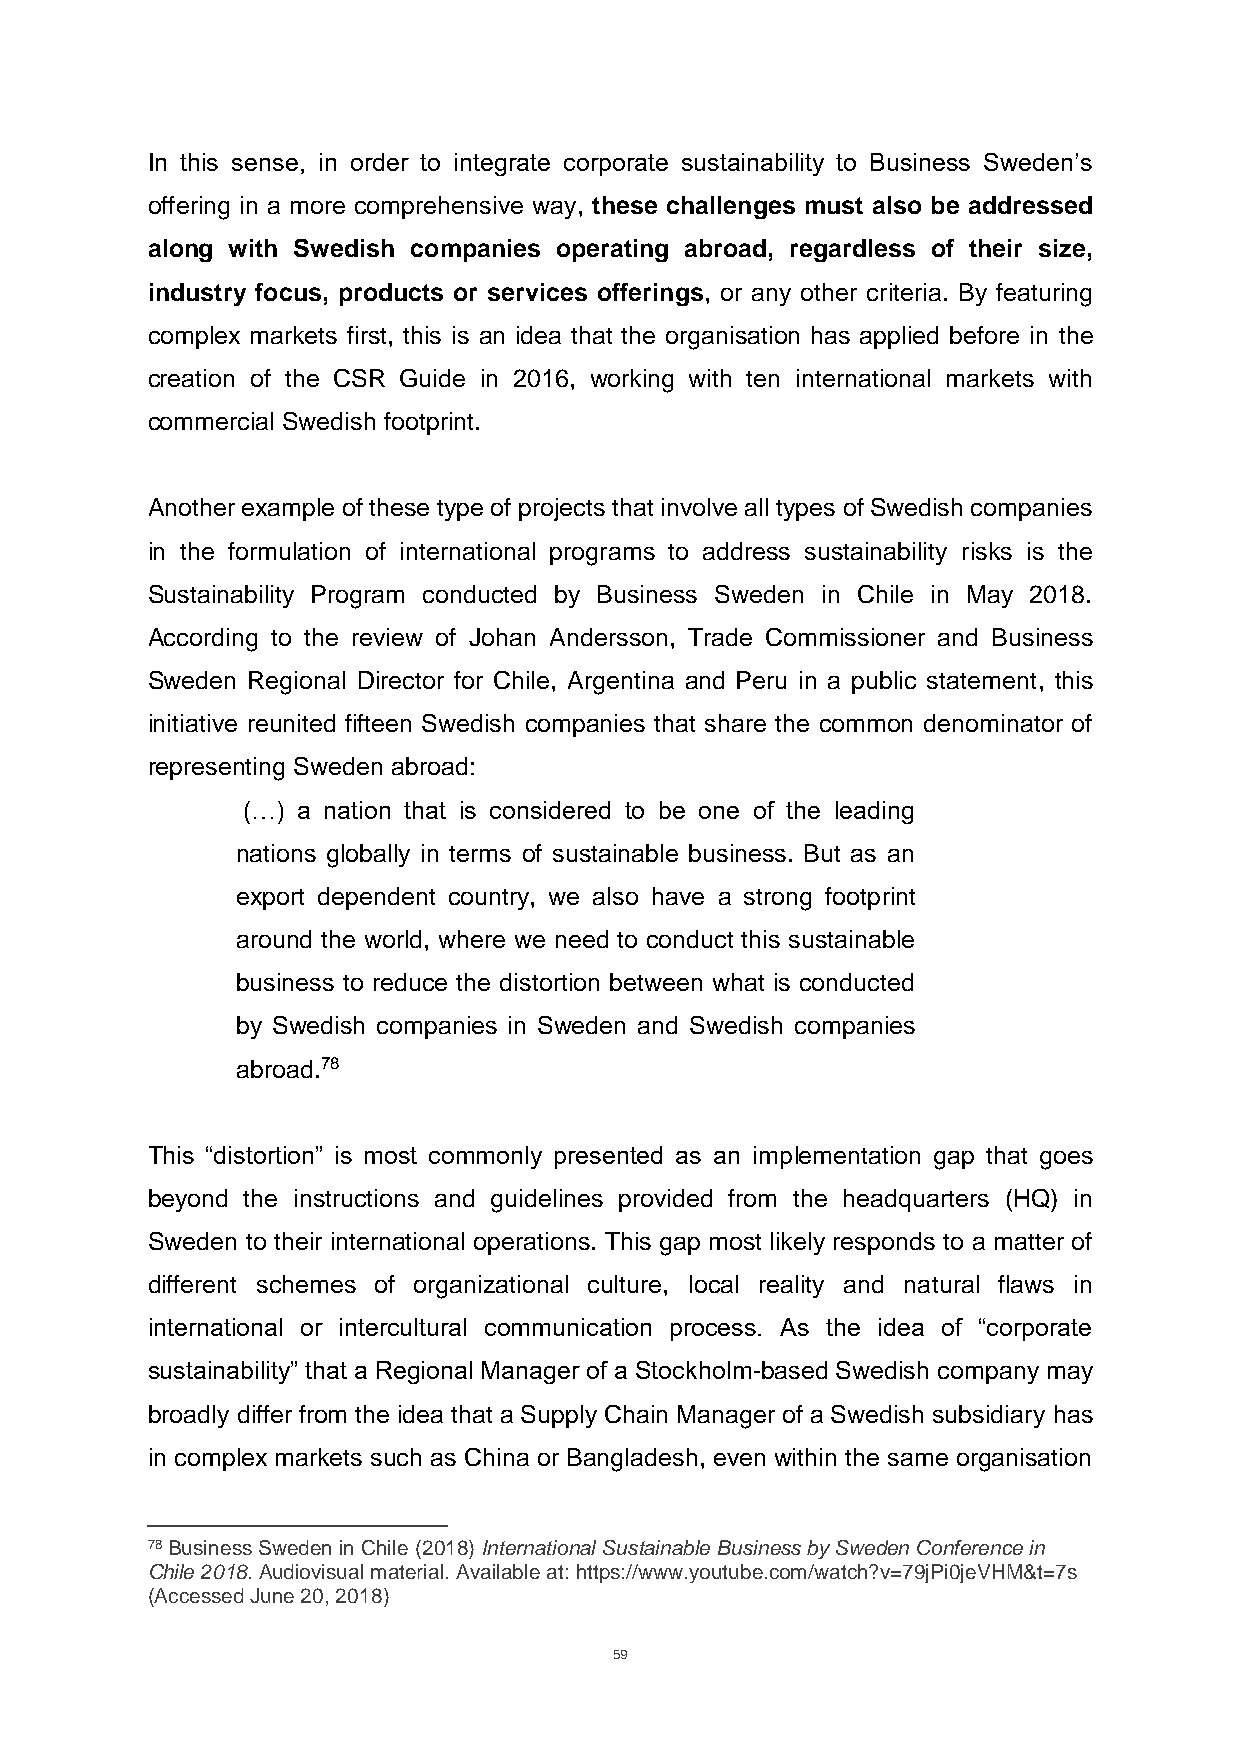
In this sense, in order to integrate corporate sustainability to Business Sweden’s
 offering in a more comprehensive way, these challenges must also be addressed
 along with Swedish companies operating abroad, regardless of their size,
 industry focus, products or services offerings, or any other criteria. By featuring
 complex markets first, this is an idea that the organisation has applied before in the
 creation of the CSR Guide in 2016, working with ten international markets with
 commercial Swedish footprint.
 Another example of these type of projects that involve all types of Swedish companies
 in the formulation of international programs to address sustainability risks is the
 Sustainability Program conducted by Business Sweden in Chile in May 2018.
 According to the review of Johan Andersson, Trade Commissioner and Business
 Sweden Regional Director for Chile, Argentina and Peru in a public statement, this
 initiative reunited fifteen Swedish companies that share the common denominator of
 representing Sweden abroad:
 (…) a nation that is considered to be one of the leading
 nations globally in terms of sustainable business. But as an
 export dependent country, we also have a strong footprint
 around the world, where we need to conduct this sustainable
 business to reduce the distortion between what is conducted
 by Swedish companies in Sweden and Swedish companies
 abroad.78
 This “distortion” is most commonly presented as an implementation gap that goes
 beyond the instructions and guidelines provided from the headquarters (HQ) in
 Sweden to their international operations. This gap most likely responds to a matter of
 different schemes of organizational culture, local reality and natural flaws in
 international or intercultural communication process. As the idea of “corporate
 sustainability” that a Regional Manager of a Stockholm-based Swedish company may
 broadly differ from the idea that a Supply Chain Manager of a Swedish subsidiary has
 in complex markets such as China or Bangladesh, even within the same organisation
 78 Business Sweden in Chile (2018) International Sustainable Business by Sweden Conference in
 Chile 2018. Audiovisual material. Available at: https://www.youtube.com/watch?v=79jPi0jeVHM&t=7s
 (Accessed June 20, 2018)
 59